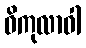
ဝိကုလာဝါ